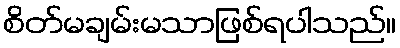
စိတ်မချမ်းမသာဖြစ်ရပါသည်။